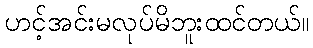
ဟင့်အင်းမလုပ်မိဘူးထင်တယ်။